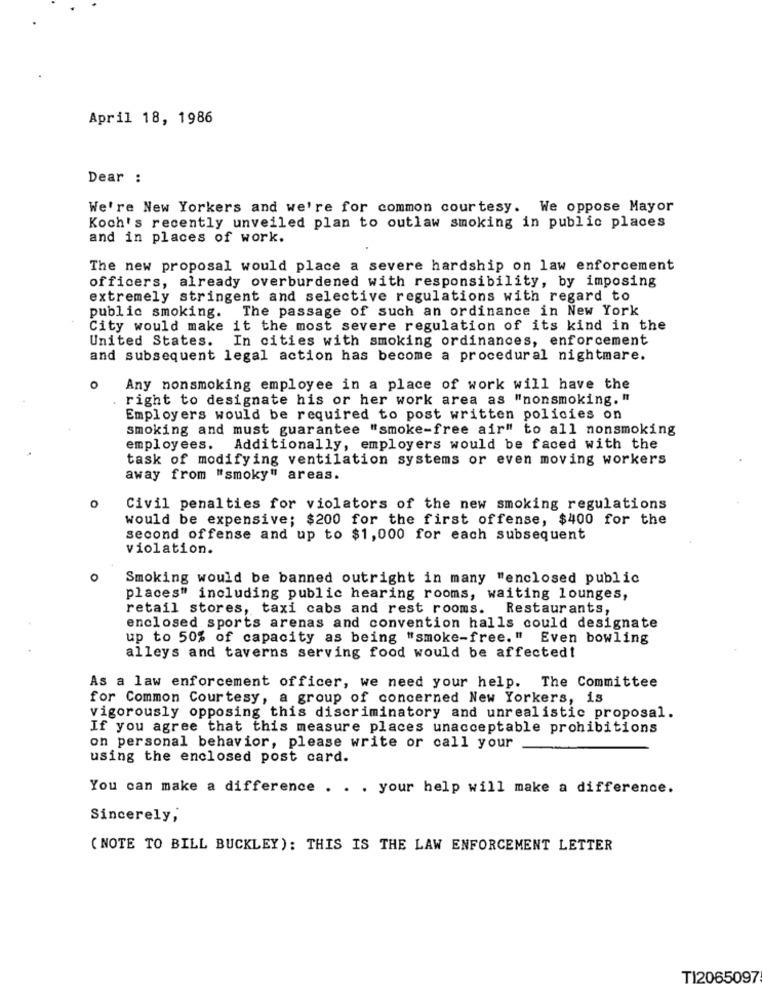
April 18, 1986
Dear :
We're New Yorkers and we're for common courtesy. We oppose Mayor
Koch's recently unveiled plan to outlaw smoking in public places
and in places of work.
The new proposal would place a severe hardship on law enforcement
officers, already overburdened with responsibility, by imposing
extremely stringent and selective regulations with regard to
public smoking. The passage of such an ordinance in New York
City would make it the most severe regulation of its kind in the
United States.
In cities with smoking ordinances, enforcement
and subsequent legal action has become a procedural nightmare.
o
Any nonsmoking employee in a place of work will have the
right to designate his or her work area as "nonsmoking. "
Employers would be required to post written policies on
smoking and must guarantee "smoke-free air" to all nonsmoking
employees.
Additionally, employers would be faced with the
task of modifying ventilation systems or even moving workers
away from "smoky" areas.
Civil penalties for violators of the new smoking regulations
would be expensive; $200 for the first offense, $400 for the
second offense and up to $1,000 for each subsequent
violation.
o
Smoking would be banned outright in many "enclosed public
places" including public hearing rooms, waiting lounges,
retail stores, taxi cabs and rest rooms. Restaurants,
enclosed sports arenas and convention halls could designate
up to 50% of capacity as being "smoke-free." Even bowling
alleys and taverns serving food would be affected!
As a law enforcement officer, we need your help. The Committee
for Common Courtesy, a group of concerned New Yorkers, is
vigorously opposing this discriminatory and unrealistic proposal.
If you agree that this measure places unacceptable prohibitions
on personal behavior, please write or call your
using the enclosed post card.
You can make a difference . . . your help will make a difference.
Sincerely,
( NOTE TO BILL BUCKLEY): THIS IS THE LAW ENFORCEMENT LETTER
TI2065097